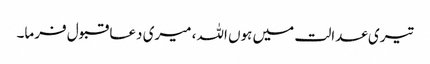
تیری عدالت میں ہوں اللہ، میری دعا قبول فرما۔